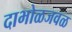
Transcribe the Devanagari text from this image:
दाभोळजवळ